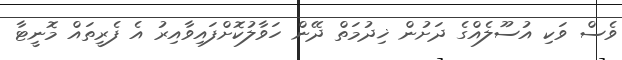
ވެސް ވަކި އުސޫލެއްގެ ދަށުން ޚިދުމަތް ދޭން ހަވާލުކޮށްްފައިވާއިރު އެ ފެރީތައް މޮނީޓާ